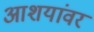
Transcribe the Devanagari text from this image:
आशयांवर